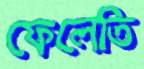
ফেলেতি